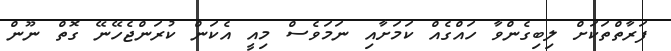
ފަރާތްތަކަށް ލިބިގެންވާ ހައްގެއް ކަމަށާއި ނަމަވެސް މިއީ އެކަން ކުރަންޖެހޭނޭ ގޮތް ނޫން